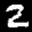
Label: 2